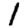
Digit: 1